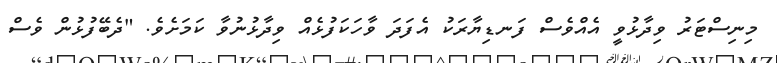
މިނިސްޓަރު ވިދާޅުވީ އެއްވެސް ފަނޑިޔާރަކު އެފަދަ ވާހަކަފުޅެއް ވިދާޅުނުވާ ކަމަށެވެ. "ދެބޭފުޅުން ވެސް